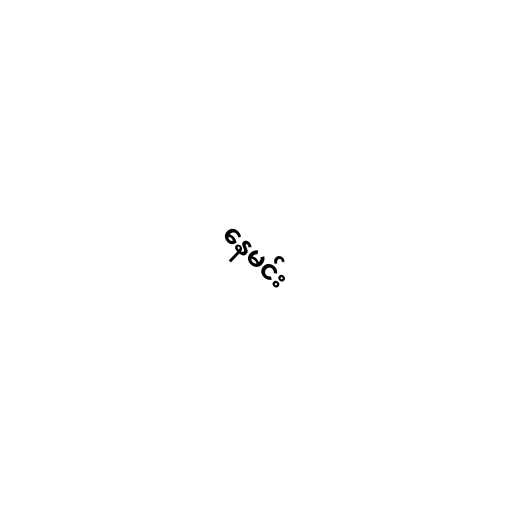
နေမင်း